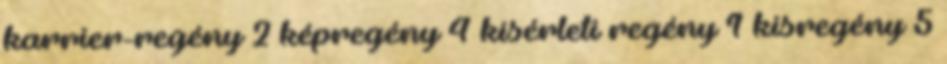
karrier-regény 2 képregény 4 kísérleti regény 1 kisregény 5